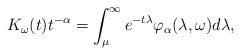
\begin{align*}K_\omega(t)t^{-\alpha}=\int_{\mu}^{\infty} e^{-t\lambda} \varphi_\alpha (\lambda,\omega)d\lambda,\end{align*}